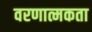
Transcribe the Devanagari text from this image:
वरणात्मकता